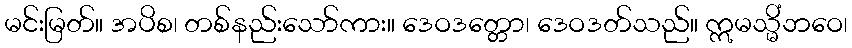
မင်းမြတ်။ အပိစ၊ တစ်နည်းသော်ကား။ ဒေဝဒတ္တော၊ ဒေဝဒတ်သည်။ ဣမသ္မိံဘဝေ၊